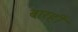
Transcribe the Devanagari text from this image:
बारहीं